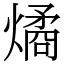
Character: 燏